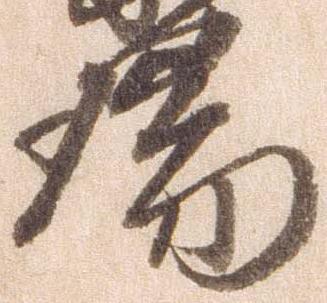
瑞